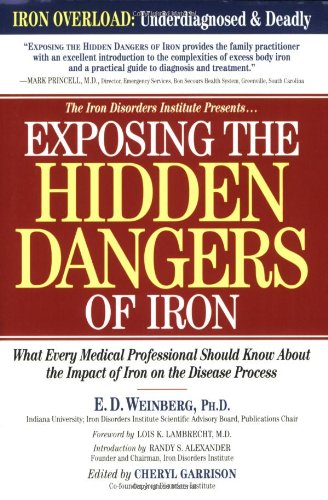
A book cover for Exposing the Hidden Dangers of Iron: What Every Medical Professional Should Know about the Impact of Iron on the Disease Process; E D Weinberg; Medical Books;